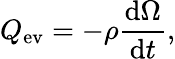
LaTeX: Q_{\mathrm{ev}}=-\rho\frac{\mathrm{d}\Omega}{\mathrm{d}t},